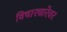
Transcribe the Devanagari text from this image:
विचारधारेवर